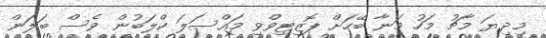
މިދިޔަ މާޗު މަހު މަނާ ބޭހަށް ޕޮޒިޓިވްވި މައްސަލަ ކްލަބުން ވެސް ބަލަން